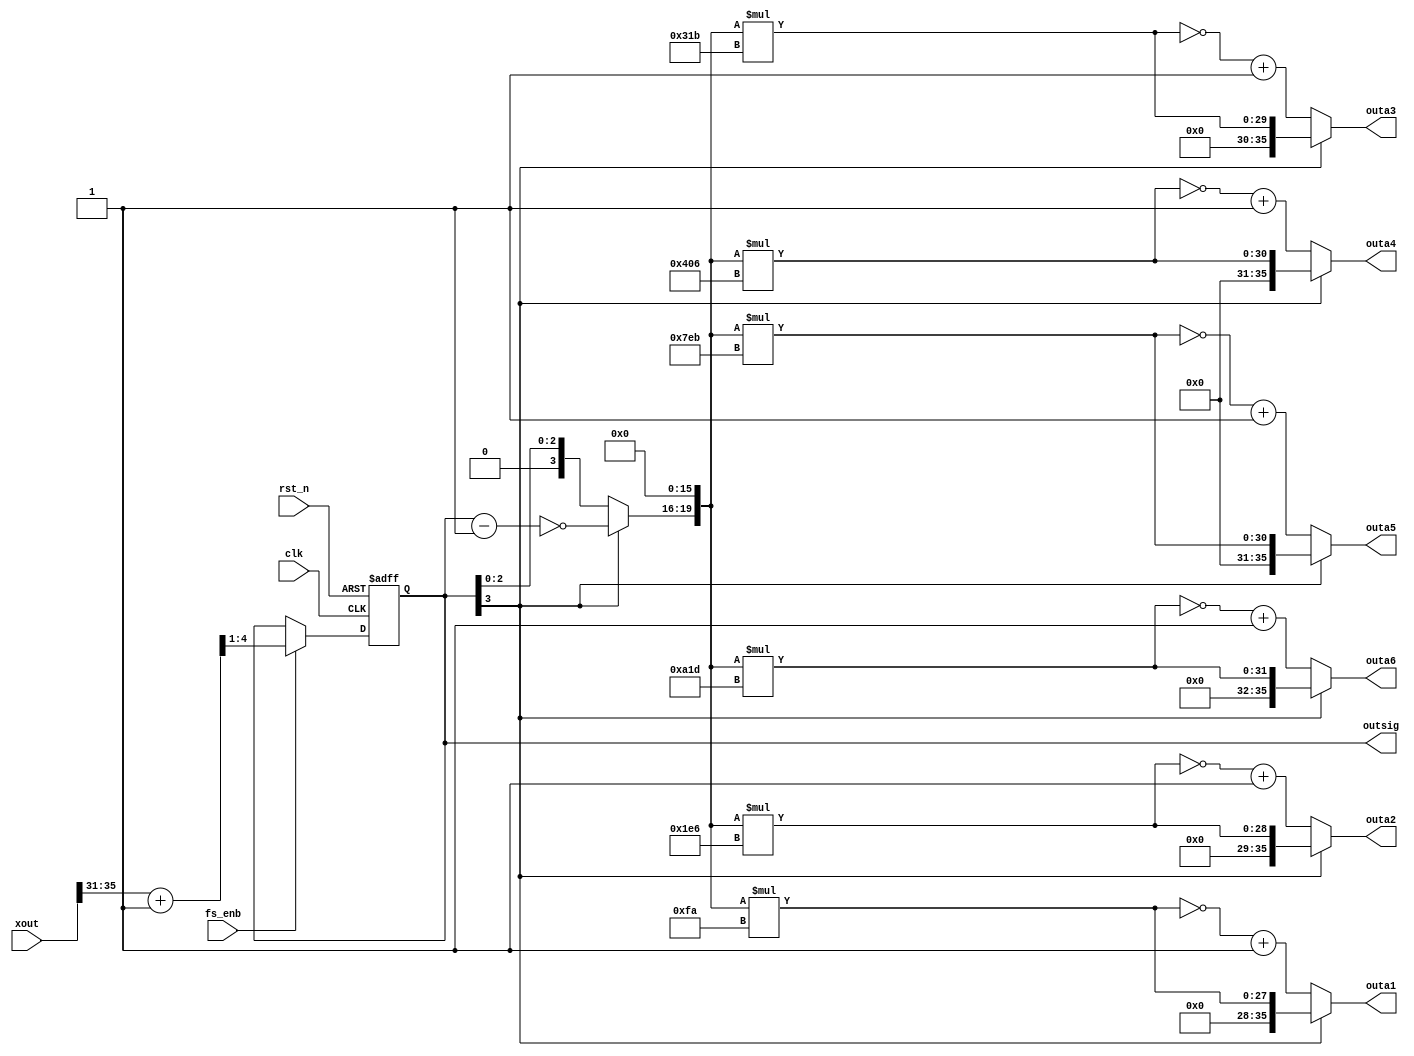
`timescale 1ns / 1ps
//////////////////////////////////////////////////////////////////////////////////
// Company: 
// Engineer: 
// 
// Design Name: 
// Module Name: outs
// Project Name: 
// Target Devices: 
// Tool Versions: 
// Description: 
// 
// Dependencies: 
// 
// Revision:
// Revision 0.01 - File Created
// Additional Comments:
// 
//////////////////////////////////////////////////////////////////////////////////


module outs(
	input clk, 
	input rst_n,
	input fs_enb,
    input [35:0] xout,
    output [35:0] outa1,
    output [35:0] outa2,
    output [35:0] outa3,
    output [35:0] outa4,
    output [35:0] outa5,
    output [35:0] outa6,
    output reg [3:0] outsig
    );
    
    wire [3:0] us_outsig;
    wire [19:0] us_outgain;
    wire [35:0] us_outa1;
    wire [35:0] us_outa2;
    wire [35:0] us_outa3;
    wire [35:0] us_outa4;
    wire [35:0] us_outa5;
    wire [35:0] us_outa6;
    
    parameter A1 = 32'd250;
    parameter A2 = 32'd486;
    parameter A3 = 32'd795;
    parameter A4 = 32'd1030;
    parameter A5 = 32'd2027;
    parameter A6 = 32'd2589;
    
    always@(posedge clk, negedge rst_n)
		if(~rst_n)
			outsig = 1'b0;
		else if(fs_enb)
			outsig= (xout[35:31]+1'b1)>>1'b1;
			
    assign us_outsig = outsig[3]?(~(outsig-1'b1)):outsig;
    assign us_outgain = {us_outsig, 16'b0};
    
    assign us_outa1 = us_outgain * A1;
    assign outa1 = outsig[3]?us_outa1:(~us_outa1+1'b1);
    
    assign us_outa2 = us_outgain * A2;
    assign outa2 = outsig[3]?us_outa2:(~us_outa2+1'b1);
    
    assign us_outa3 = us_outgain * A3;
    assign outa3 = outsig[3]?us_outa3:(~us_outa3+1'b1);
    
    assign us_outa4 = us_outgain * A4;
    assign outa4 = outsig[3]?us_outa4:(~us_outa4+1'b1);
    
    assign us_outa5 = us_outgain * A5;
    assign outa5 = outsig[3]?us_outa5:(~us_outa5+1'b1);
    
    assign us_outa6 = us_outgain * A6;
    assign outa6 = outsig[3]?us_outa6:(~us_outa6+1'b1);
    
endmodule